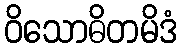
ဝိသောဓိတမိဒံ